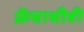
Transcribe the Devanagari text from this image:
फ्रेंचाचीही